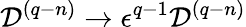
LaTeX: {\cal D}^{(q-n)}\rightarrow\epsilon^{q-1}{\cal D}^{(q-n)}